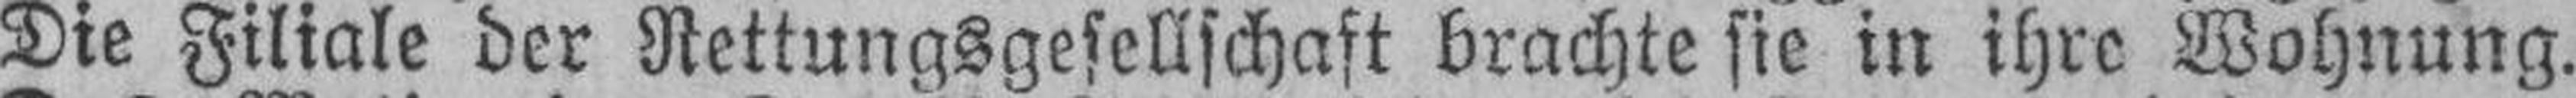
Die Filiale der Rettungsgesellschaft brachte sie in ihre Wohnung.